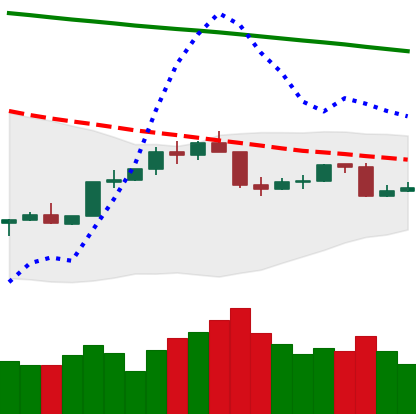
Ticker: TRX-USD
Chart end date: 2022-02-19
Forward return: -3.831%
Label: down_3_5